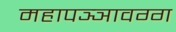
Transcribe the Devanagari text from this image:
महापञ्ञावग्ग